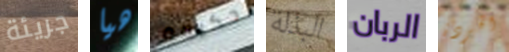
جريئة هيا حكيمة البذلة الربان الخردة